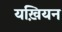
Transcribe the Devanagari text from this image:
यख़ियन